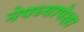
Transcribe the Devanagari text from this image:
नेपथ्यापेक्षा